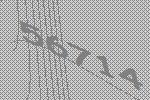
56714